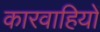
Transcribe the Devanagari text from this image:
कारवाहियों